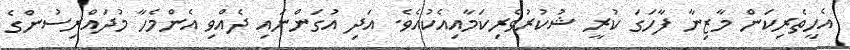
އެހީތެރިކަން މާޒިނާ ފާހަގަ ކުރީ ޝުކުރުވެރިކަމާއިއެކުއެވެ. އަދި އުގަންނައި ދެއްވި އެންމެހާ މުދައްރިސުންގެ